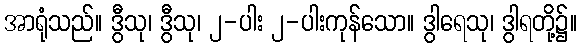
အာရုံသည်။ ဒွီသု၊ ဒွီသု၊ ၂-ပါး ၂-ပါးကုန်သော။ ဒွါရေသု၊ ဒွါရတို့၌။